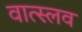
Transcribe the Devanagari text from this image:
वात्स्लव